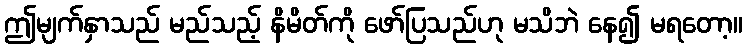
ဤမျက်နှာသည် မည်သည့် နိမိတ်ကို ဖော်ပြသည်ဟု မသိဘဲ နေ၍ မရတော့။